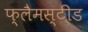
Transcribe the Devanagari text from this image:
फ्लैमस्टीड